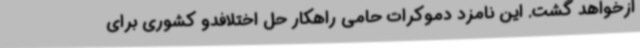
ازخواهد گشت. این نامزد دموکرات حامی راهکار حل اختلافدو کشوری برای